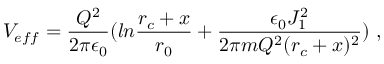
V _ { e f f } = { \frac { Q ^ { 2 } } { 2 \pi \epsilon _ { 0 } } } ( l n { \frac { r _ { c } + x } { r _ { 0 } } } + { \frac { \epsilon _ { 0 } J _ { 1 } ^ { 2 } } { 2 \pi m Q ^ { 2 } ( r _ { c } + x ) ^ { 2 } } } ) ~ ,